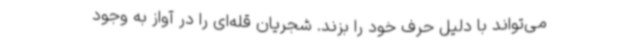
می‌تواند با دلیل حرف خود را بزند. شجریان قله‌ای را در آواز به وجود